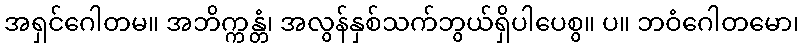
အရှင်ဂေါတမ။ အဘိက္ကန္တံ၊ အလွန်နှစ်သက်ဘွယ်ရှိပါပေစွ။ ပ။ ဘဝံဂေါတမော၊